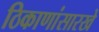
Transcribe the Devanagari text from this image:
ठिकाणांसारखे